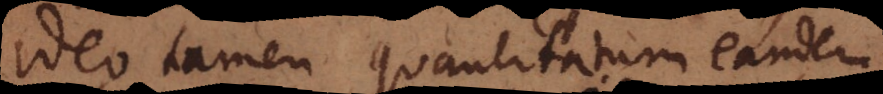
ideo tamen quantitatum eandem